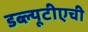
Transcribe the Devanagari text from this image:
डब्ल्यूटीएची